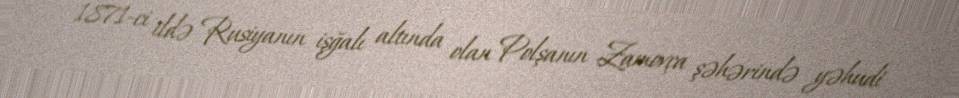
1871-ci ildə Rusiyanın işğalı altında olan Polşanın Zamovça şəhərində yəhudi